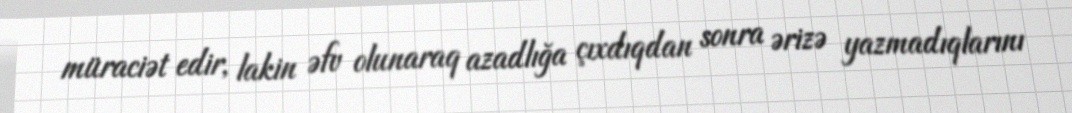
müraciət edir, lakin əfv olunaraq azadlığa çıxdıqdan sonra ərizə yazmadıqlarını